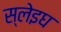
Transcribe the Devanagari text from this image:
स्लेइघ